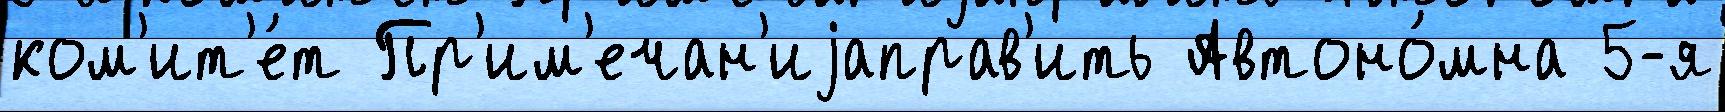
ком'ит'е́т Пр'им'ечан'иjаправ'ить Автоно́мна 5-я